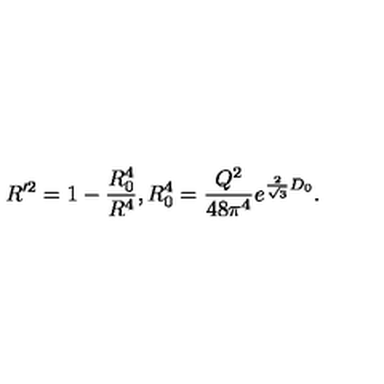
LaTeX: R ^ { \prime 2 } = 1 - { \frac { R _ { 0 } ^ { 4 } } { R ^ { 4 } } } , R _ { 0 } ^ { 4 } = { \frac { Q ^ { 2 } } { 4 8 \pi ^ { 4 } } } e ^ { { \frac { 2 } { \sqrt 3 } } D _ { 0 } } .